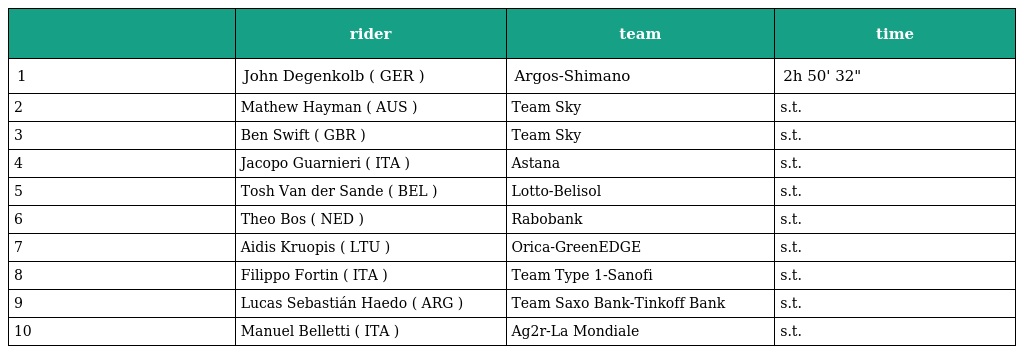
|  | rider | team | time |
 | --- | --- | --- | --- |
 | 1 | John Degenkolb ( GER ) | Argos-Shimano | 2h 50' 32" |
 | 2 | Mathew Hayman ( AUS ) | Team Sky | s.t. |
 | 3 | Ben Swift ( GBR ) | Team Sky | s.t. |
 | 4 | Jacopo Guarnieri ( ITA ) | Astana | s.t. |
 | 5 | Tosh Van der Sande ( BEL ) | Lotto-Belisol | s.t. |
 | 6 | Theo Bos ( NED ) | Rabobank | s.t. |
 | 7 | Aidis Kruopis ( LTU ) | Orica-GreenEDGE | s.t. |
 | 8 | Filippo Fortin ( ITA ) | Team Type 1-Sanofi | s.t. |
 | 9 | Lucas Sebastián Haedo ( ARG ) | Team Saxo Bank-Tinkoff Bank | s.t. |
 | 10 | Manuel Belletti ( ITA ) | Ag2r-La Mondiale | s.t. |